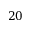
2 0